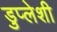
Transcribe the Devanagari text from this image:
डुप्लेशी